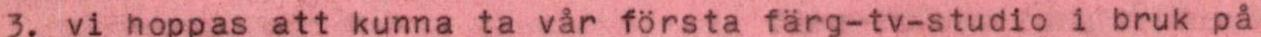
3. vi hoppas att kunna ta var första färg-tv-studio i bruk på